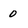
Character: o